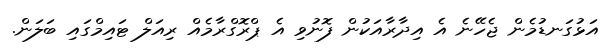
އަޅުގަނޑުމެން ޖެހޭނެ އެ އިދާރާއަކުން ފޮނުވި އެ ޕްރޮގްރާމެއް ރިއަލް ޓައިމްގައި ބަލަން.